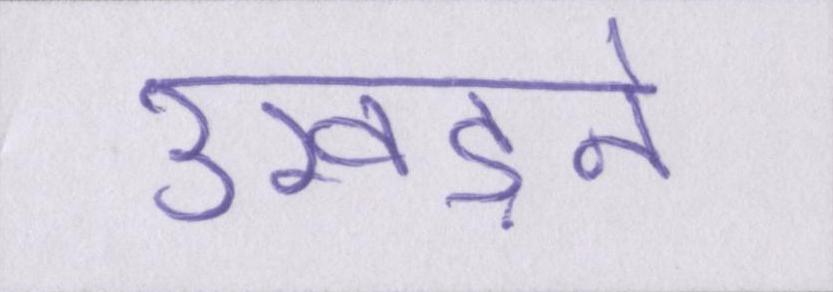
उखड़ने